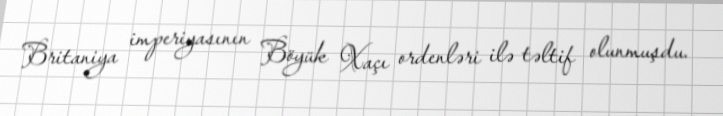
Britaniya imperiyasının Böyük Xaçı ordenləri ilə təltif olunmuşdu.